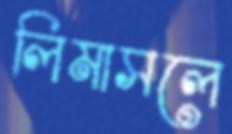
লিমাসলে